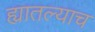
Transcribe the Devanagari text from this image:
ह्यातल्याच